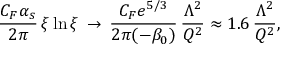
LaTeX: \frac { C _ { F } \alpha _ { s } } { 2 \pi } \, \xi \ln \xi \, \to \, \frac { C _ { F } e ^ { 5 / 3 } } { 2 \pi ( - \beta _ { 0 } ) } \, \frac { \Lambda ^ { 2 } } { Q ^ { 2 } } \approx 1 . 6 \, \frac { \Lambda ^ { 2 } } { Q ^ { 2 } } ,